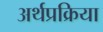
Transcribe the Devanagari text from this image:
अर्थप्रक्रिया